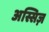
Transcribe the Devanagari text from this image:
अस्सिज़